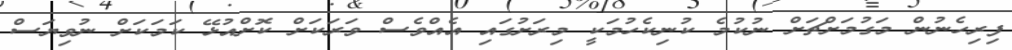
ފިރިހެނުން މަގުމަށްޗަށް ނުކުމެ ކުނިކެހުމަކީ މިރަށުގައި އެއްވެސް ވަރަކަށް ކޮށްއުޅޭ ކަމަކަށް ނުވިޔަސް